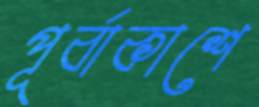
পূর্বাকাশে